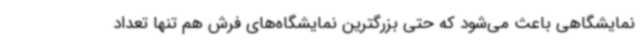
نمایشگاهی باعث می‌شود که حتی بزرگترین نمایشگاه‌های فرش هم تنها تعداد